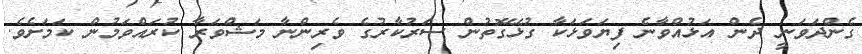
ގެންދަވަނީ ދެން އަޅުއްވާނެ ފިޔަވަޅަކާ ގުޅޭގޮތުން ސަރުކާރުގެ ވެރިންނާ މަޝްވަރާ ކުރައްވަމުން ކަމަށެވެ.